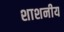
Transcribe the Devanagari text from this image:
शाशनीय